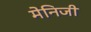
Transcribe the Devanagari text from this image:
मेनिजी